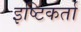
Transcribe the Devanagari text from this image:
इष्टिकर्ता